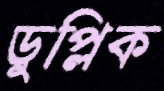
ডুপ্লিক